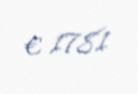
€ 1781